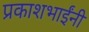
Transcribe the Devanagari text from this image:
प्रकाशभाईंनी